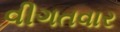
વીગતવાર